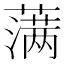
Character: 𮶷